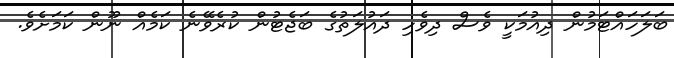
ބަލަހައްޓަމުން ދިއުމަކީ ވެސް ދިވެހި ދައުލަތުގެ ބަޖެޓުން ކުރެވޭނެ ކަމެއް ނޫން ކަމަށެވެ.